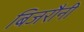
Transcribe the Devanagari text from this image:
बिजरौनी